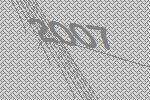
2007